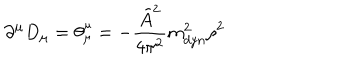
LaTeX: \partial ^ { \mu } D _ { \mu } = \theta _ { \mu } ^ { \mu } = - \frac { \tilde { A } ^ { 2 } } { 4 \pi ^ { 2 } } m _ { d y n } ^ { 2 } \rho ^ { 2 }